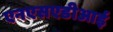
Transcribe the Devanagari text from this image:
एनएसएडीआई